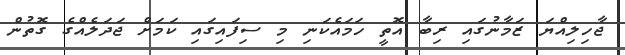
ޖާހިލިއްޔަ ޒަމާނުގައި ރިބާ އޮތީ ހަމައެކަނި މި ސިފައިގައި ކަމަށް ޖަދަލެއްގެ ގޮތުން